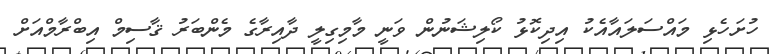
ހުށަހެޅި މައްސަލައާއެކު އިދިކޮޅު ކޯލިޝަނުން ވަނީ މާމިގިލީ ދާއިރާގެ މެންބަރު ޤާސިމް އިބްރާމްއަށް